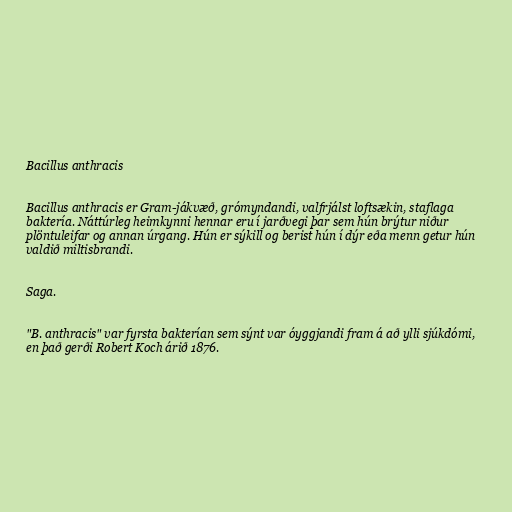
Bacillus anthracis

Bacillus anthracis er Gram-jákvæð, grómyndandi, valfrjálst loftsækin, staflaga
baktería. Náttúrleg heimkynni hennar eru í jarðvegi þar sem hún brýtur niður
plöntuleifar og annan úrgang. Hún er sýkill og berist hún í dýr eða menn getur hún
valdið miltisbrandi.

Saga.

"B. anthracis" var fyrsta bakterían sem sýnt var óyggjandi fram á að ylli sjúkdómi,
en það gerði Robert Koch árið 1876.